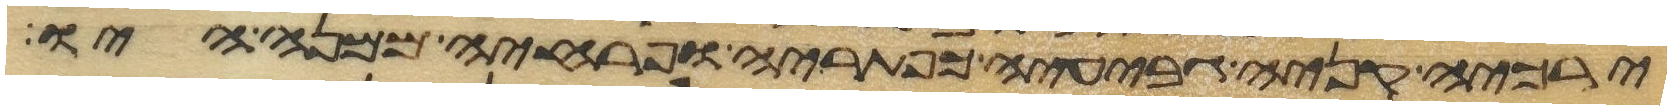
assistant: ירכיה קניה גביעיה כפתריה ופרחיה ממנה יהיו